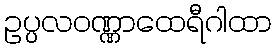
ဥပ္ပလဝဏ္ဏာထေရီဂါထာ